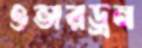
ওভারড্রন